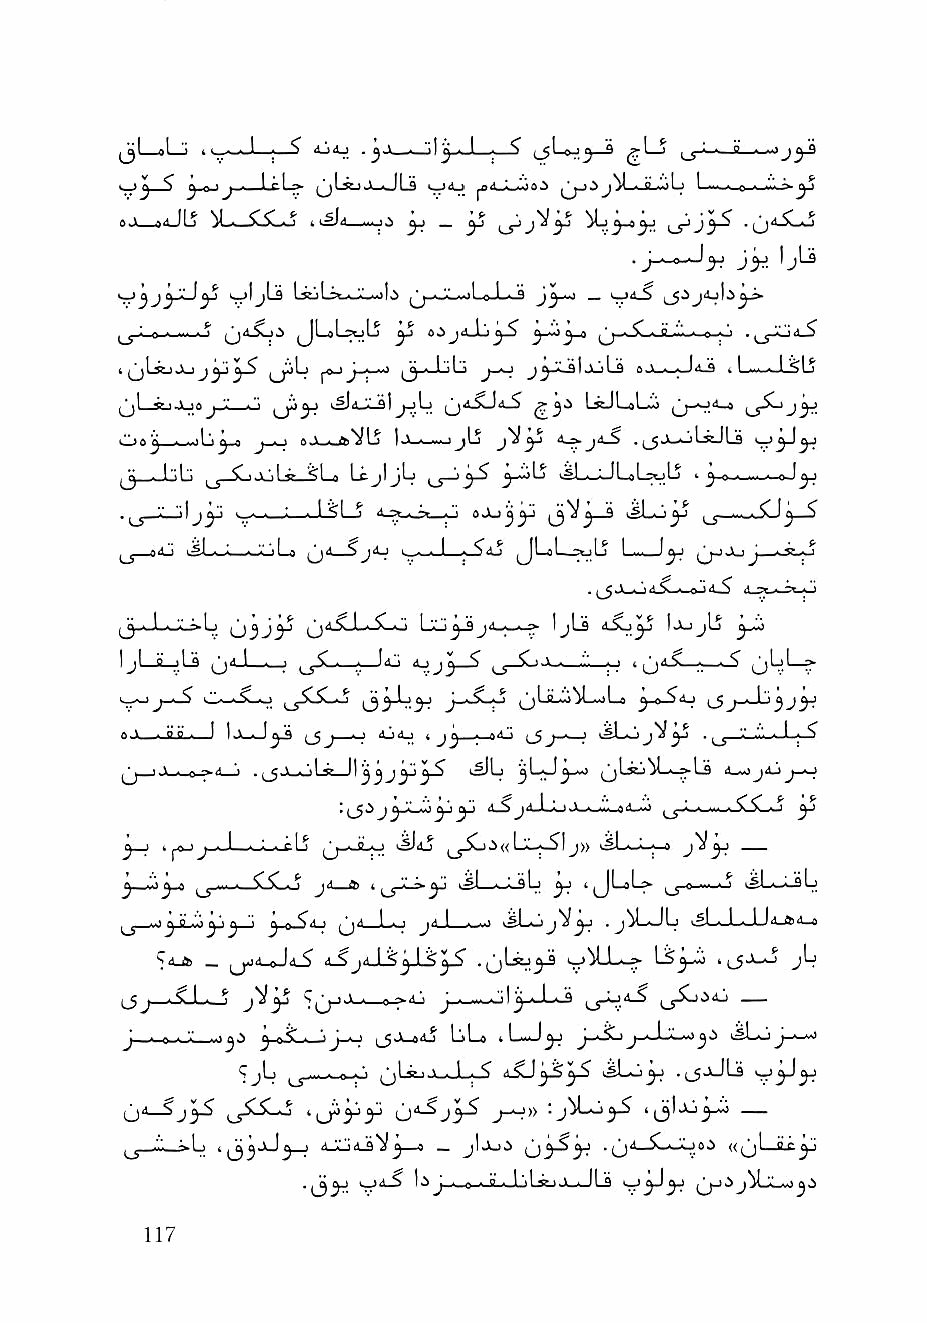
jL_aL_i • J—;—^    ■—   ,■> ,S  3          ' J5-2
 ^ 3"^ J'"' (_)Lss-iJi-J 1-3 S;'''-) ■ 9 ->lj I ...■ 0 ■ ^ ^^
 »Ji__»4JLj M-<-^3Lo ^  ^     ^
 .   J j-J
 '.^IjLs LsuLswJil—oi^ ^^j-wLvjI.eJ--J
 ^ • r> ^    ^L^L^uLj ^ 0^ jrtJ-i yS ■^■^-JLiii-' I e.--i
 i j^Lssj Jlj   ^ j  . I 11"  "LsIj^Ls sji—-h-Jd-S 1 I • ■ I-. ( ^1 ^
 ljl_SjJ_ioJ "-' -"' ^ J^lj (jd-^Jd-S LstJLaLi ,j-sJd_4
 Oo^ •^Lj^ j-^ »ji_o»VLS Ijl^ —'j^ j"^y d_^jd_S .^A«ujLsJLa 1^^^
 ^ . 1"I" ^ ^ <1 ^ LcjIjL) ^--jLj t^Li—^IL-oLjtji-j ^ 0^,^.1-' oJ^
 . '-', .il I.-- ■—,: J_SLj d Ji oJU^^ vMLJi^ (_j—_sXJ^—
 U__odj jl Ii I_i..i' "iLo ^d__Sjdj k_^-J ySij JLoLd^Lj I ly J,
 L-wL^lu Lj3^3^ ^-o    ^d.w^d>     IajjIj
 IIJjLI s9L .j; LLai ^(jjdd_JlL—__^i ,_y5L- A Idj d_>jjj_5 ^ An .'.1 I_J 't iijj'j* d^^*-*.^ ';:—^ L0.^-^—^
 '^—>^^—■:> (__y5LSL»5 j'-fS.^ ^LJLIo^L-jLo ^ o ^d-j ^_gj_i_lj
 J - ^ Od_9 f . ^.4"
 ^ ■ 1 \ . Q ^ \ .\i^                    4_^0JipjJ—o
 J '         Ls            LL;^I j» ^sLs-*-;-^ ^*^3^
 ^iiii «_^JV-o j<l—  .■. * ^    |^j-«->.N.-..j
 .J^UL ^L^L.J-U.l.
 5d_4 _ i^d^d.^ d_?jd_L^^J-S^ .^L^^        jLj
 J . c I . ^«• V ' ^ c - * ° j_i_-_<jI^-»-L.a ^jjjd-S ^j.ijjdj
 J ■ ^."  ^ ^ ^ ■ ' J ' * i^-L^dj Ljl—d fc L-J^ w-> j J k^L-o
 ^jL   ■ B •"■ jjLsjjk-JL^ d-SlJ^^ .(_5jJLs
 ^Jil—Sj^ ,_j5l5Lj i^Jiyy U'^ J-^»
 Jod^ «Lj^ ^3°
 iGiLa*^^ 3a_ d0 _- ji u^y -0
 La     (j->i
 aS li ■ ■ -
 •i3y V